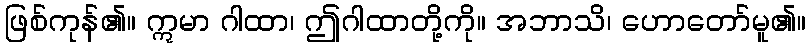
ဖြစ်ကုန်၏။ ဣမာ ဂါထာ၊ ဤဂါထာတို့ကို။ အဘာသိ၊ ဟောတော်မူ၏။